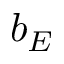
b _ { E }